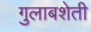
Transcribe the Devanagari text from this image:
गुलाबशेती